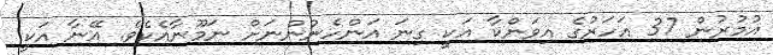
އުމުރުން 37 އަހަރުގެ އިވަންކާ އަކީ ގިނަ އަންހެނުންނަށް ނަމޫނާއެކެވެ. އޭނާ އަކީ